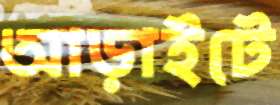
আড়াইটে